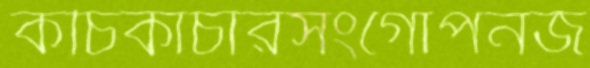
কচিকাঁচারসংগোপনজ